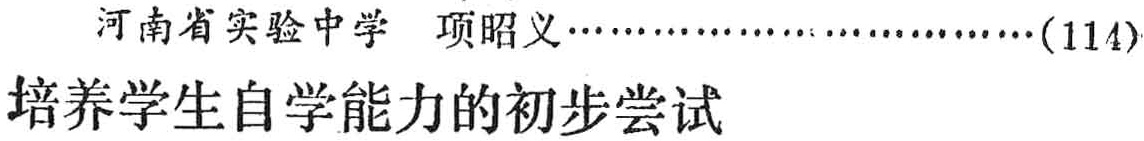
河南省实验中学 项昭义\ldots\ldots\ldots\ldots\ldots\ldots\ldots\ldots\ldots(114)\\

培养学生自学能力的初步尝试